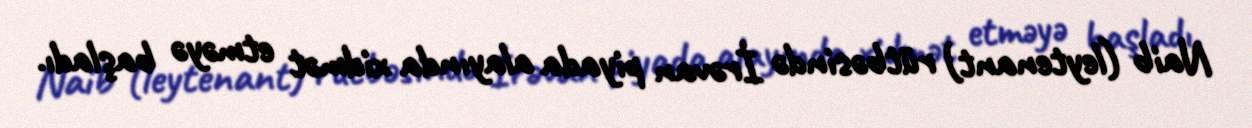
Naib (leytenant) rütbəsində İrəvan piyada alayında xidmət etməyə başladı.